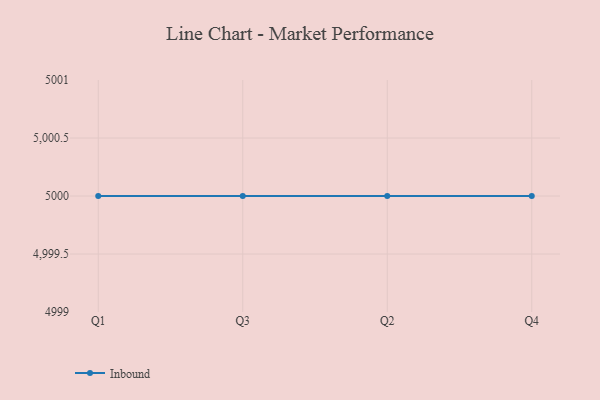
{"axis": {"x": "Quarter", "y": "Latency (ms)"}, "legend": ["Inbound"], "data": [{"x": "Q1", "y": 5000, "type": "Inbound"}, {"x": "Q3", "y": 5000, "type": "Inbound"}, {"x": "Q2", "y": 5000, "type": "Inbound"}, {"x": "Q4", "y": 5000, "type": "Inbound"}]}